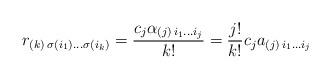
LaTeX: \begin{align*}r_{(k)\,\sigma\left(i_{1}\right)...\sigma\left(i_{k}\right)}=\dfrac{c_{j}\alpha_{(j)\,i_{1}...i_{j}}}{k!}=\dfrac{j!}{k!}c_{j}a_{(j)\,i_{1}...i_{j}}\end{align*}